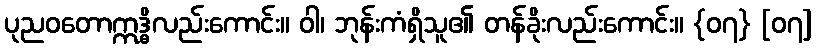
ပုညဝတောဣဒ္ဓိလည်းကောင်း။ ဝါ၊ ဘုန်းကံရှိသူ၏ တန်ခိုးလည်းကောင်း။ {၀၇} [၀၇]